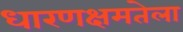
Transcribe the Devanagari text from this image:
धारणक्षमतेला